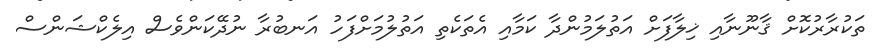
ތަކުރާރުކޮށް ޤާނޫނާއި ޚިލާފަށް އަތުލަމުންދާ ކަމާއި އެތަކެތި އަތުލުމަށްފަހު އަނބުރާ ނުދޭކަންވެސް އިލެކްޝަންސް